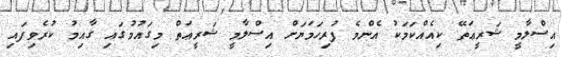
އިސްލާމީ ޝަރީޢަތޭ ކިއެއްކަމަކު އެންމެ ފުރިހަމަޔަށް އިސްލާމީ ޝަރީޢަތް މިގައުމުގައި ގާއިމު ކުރެވިފައި